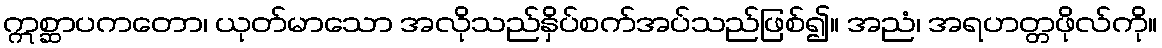
ဣစ္ဆာပကတော၊ ယုတ်မာသော အလိုသည်နှိပ်စက်အပ်သည်ဖြစ်၍။ အညံ၊ အရဟတ္တဖိုလ်ကို။